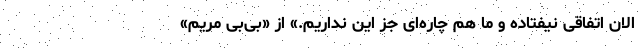
الان اتفاقی نیفتاده و ما هم چاره‌ای جز این نداریم.» از «بی‌بی مریم»